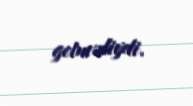
getməliydi.